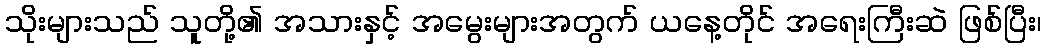
သိုးများသည် သူတို့၏ အသားနှင့် အမွေးများအတွက် ယနေ့တိုင် အရေးကြီးဆဲ ဖြစ်ပြီး၊